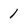
Character: 1